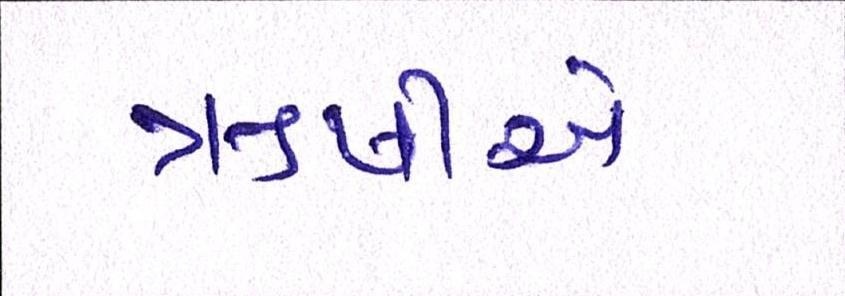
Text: ઋષીએ